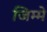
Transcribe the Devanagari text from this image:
जिम्‍मे